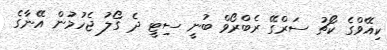
ކިއޭވްގެ ކޯޗު ސަރްގޭ ރެބްރޯވް ބުނީ ސިޓީ ދެ ގޯލު ޖެހުމުން އޭނާގެ